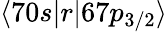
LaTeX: \langle 70s|r|67p_{3/2}\rangle